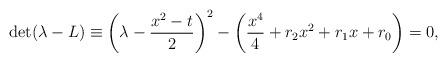
LaTeX: \begin{gather*}\det(\lambda-L)\equiv \left(\lambda-\frac{x^2-t}{2}\right)^2-\left(\frac{x^4}{4}+r_2x^2+r_1x+r_0\right)=0,\end{gather*}